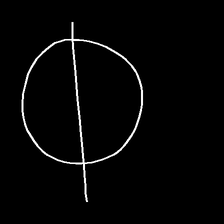
Glyph: orb